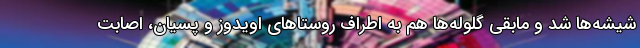
شیشه‌ها شد و مابقی گلوله‌ها هم به اطراف روستاهای اویدوز و پسیان، اصابت